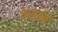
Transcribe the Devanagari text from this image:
तराईमें